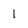
Character: 1